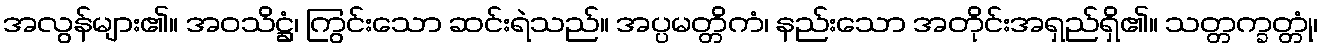
အလွန်များ၏။ အဝသိဋ္ဌံ၊ ကြွင်းသော ဆင်းရဲသည်။ အပ္ပမတ္တိကံ၊ နည်းသော အတိုင်းအရှည်ရှိ၏။ သတ္တက္ခတ္တုံ၊